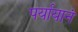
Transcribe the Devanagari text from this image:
पर्यायानं